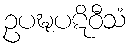
ဥပဍ္ဎပဋိဝီသံ